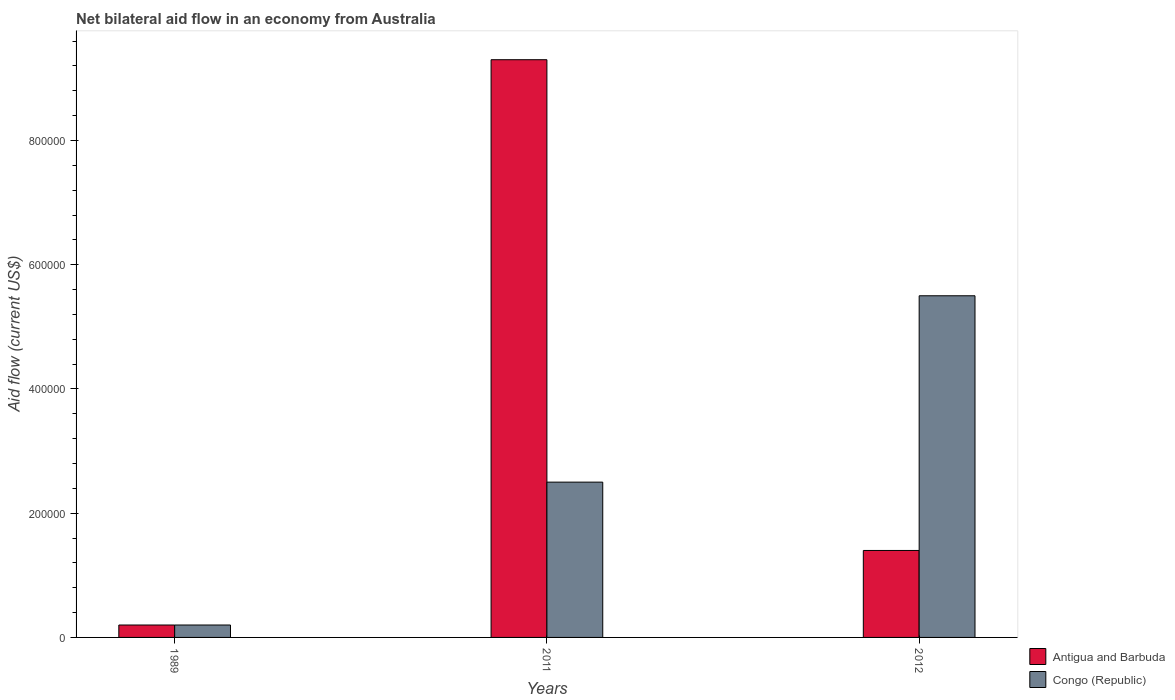
| Years | Antigua and Barbuda | Congo (Republic) |
 | --- | --- | --- |
 | 1989 | 2e+04 | 2e+04 |
 | 2011 | 9.3e+05 | 2.5e+05 |
 | 2012 | 1.4e+05 | 5.5e+05 |